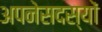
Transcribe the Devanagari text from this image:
अपनेसदस्यों